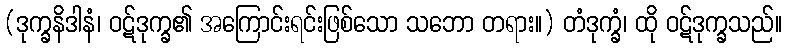
(ဒုက္ခနိဒါနံ၊ ဝဋ်ဒုက္ခ၏ အကြောင်းရင်းဖြစ်သော သဘော တရား။) တံဒုက္ခံ၊ ထို ဝဋ်ဒုက္ခသည်။